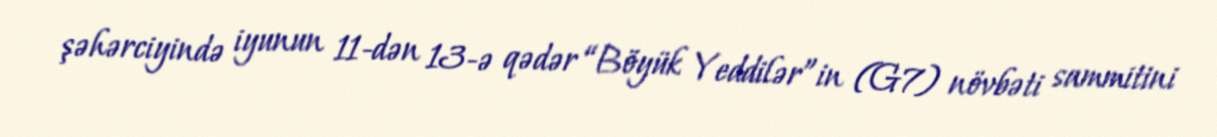
şəhərciyində iyunun 11-dən 13-ə qədər “Böyük Yeddilər”in (G7) növbəti sammitini